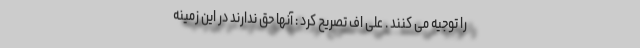
را توجیه می کنند . علی اف تصریح کرد : آنها حق ندارند در این زمینه